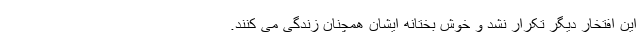
این افتخار دیگر تکرار نشد و خوش بختانه ایشان همچنان زندگی می کنند.